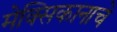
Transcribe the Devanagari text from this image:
मेक्सिकानाचे